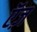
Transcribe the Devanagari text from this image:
ऍज़